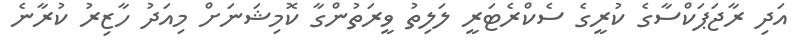
އަދި ރާޖަޕަކްސާގެ ކުރީގެ ސެކްރެޓަރީ ލަލިތު ވީރަތުންގާ ކޮމިޝަނަށް މިއަދު ހާޒިރު ކުރާނެ